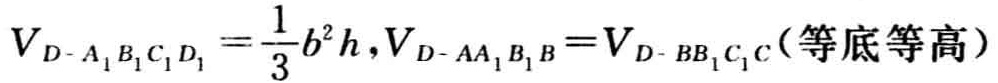
\(V_{D - A_{1}B_{1}C_{1}D_{1}}=\frac{1}{3}b^{2}h,V_{D - AA_{1}B_{1}B}=V_{D - BB_{1}C_{1}C}(\text{等底等高})\)